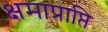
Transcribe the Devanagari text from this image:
क्षमाप्राप्ति